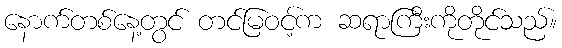
နောက်တစ်နေ့တွင် တင်မြဝင့်က ဆရာကြီးကိုတိုင်သည်။